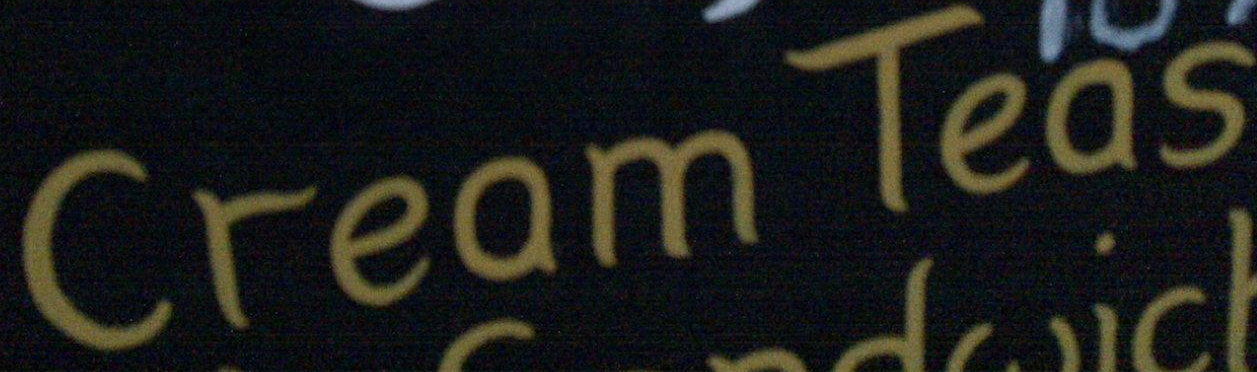
Cream Teas